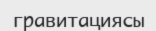
гравитациясы